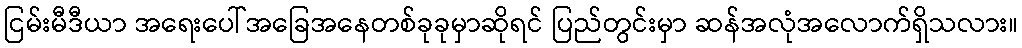
ငြမ်းမီဒီယာ အရေးပေါ်အခြေအနေတစ်ခုခုမှာဆိုရင် ပြည်တွင်းမှာ ဆန်အလုံအလောက်ရှိသလား။